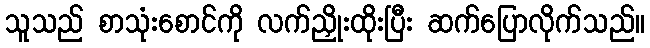
သူသည် စာသုံးစောင်ကို လက်ညှိုးထိုးပြီး ဆက်ပြောလိုက်သည်။